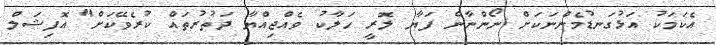
އެކަމަކު އަޅުގަނޑުމެންނަކަށް ނޯންނާނެ ފަޔާ ލޮރީ ހަލާކު ވެއްޖިއްޔާ ދަތުރުތައް ކުރެވޭކަށް" އޮފިޝަލް